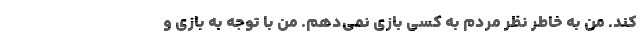
کند. من به خاطر نظر مردم به کسی بازی نمی‌دهم. من با توجه به بازی و